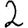
Digit: 2